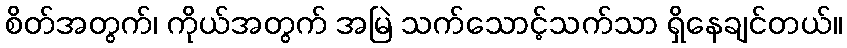
စိတ်အတွက်၊ ကိုယ်အတွက် အမြဲ သက်သောင့်သက်သာ ရှိနေချင်တယ်။